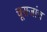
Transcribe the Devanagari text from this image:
चूराजांच